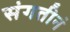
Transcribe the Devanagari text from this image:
संगतीनं